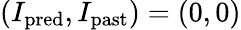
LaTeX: (I_{\mathrm{pred}},I_{\mathrm{past}})=(0,0)